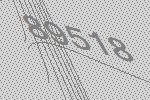
89518